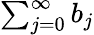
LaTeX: \textstyle\sum_{j=0}^{\infty}b_{j}